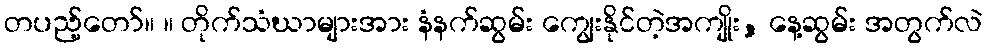
တပည့်တော်။ ။ တိုက်သံဃာများအား နံနက်ဆွမ်း ကျွေးနိုင်တဲ့အကျိုး, နေ့ဆွမ်း အတွက်လဲ